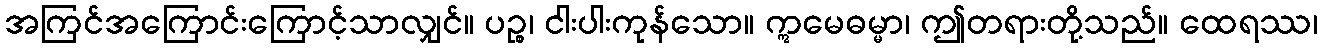
အကြင်အကြောင်းကြောင့်သာလျှင်။ ပဉ္စ၊ ငါးပါးကုန်သော။ ဣမေဓမ္မာ၊ ဤတရားတို့သည်။ ထေရဿ၊